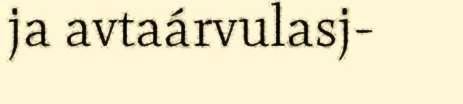
ja avtaárvulasj-